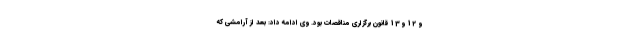
و 12 و 13 قانون برگزاری مناقصات بود. وی ادامه داد: بعد از آرامشی که